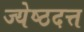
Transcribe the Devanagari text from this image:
ज्येष्ठदत्त